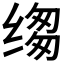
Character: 𮶆